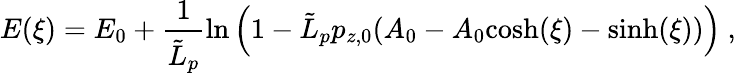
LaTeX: E(\xi)=E_{0}+{\frac{1}{{\tilde{L}}_{p}}}\mathrm{ln}\left(1-{\tilde{L}}_{p}p_{z,0}(A_{0}-A_{0}\mathit{\cosh}(\xi)-\mathit{\sinh}(\xi))\right)~,